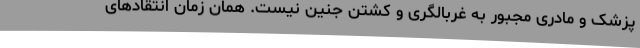
پزشک و مادری مجبور به غربالگری و کشتن جنین نیست. همان زمان انتقادهای